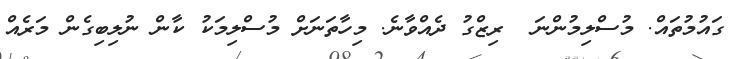
ގައުމުތައް. މުސްލިމުންނަ  ރިޒްގު ދެއްވާނެ. މިހާތަނަށް މުސްލިމަކު ކާން ނުލިބިގެން މަރެއް